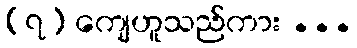
(၇) ကျေဟူသည်ကား ...